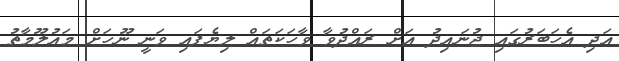
އަދި އެހަބަރުގައި ޖުނައިދު އަށް ރައްދުވާ ވާހަކަތައް ލިޔެފައި ވަނީ ނޫހަށް މައުލޫމާތު